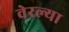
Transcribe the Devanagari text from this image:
वेरल्या